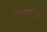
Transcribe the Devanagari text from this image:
फ्युरोसेंस